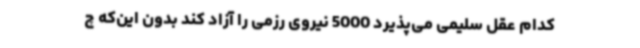
کدام عقل سلیمی می‌پذیرد 5000 نیروی رزمی را آزاد کند بدون این‌که چ